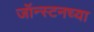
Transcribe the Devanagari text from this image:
जॉन्स्टनच्या